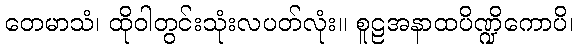
တေမာသံ၊ ထိုဝါတွင်းသုံးလပတ်လုံး။ စူဠအနာထပိဏ္ဍိကောပိ၊